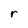
Character: r